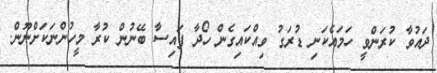
ދައުވާ ކުރަންވީ ހަމައެކަނި ޑުރަގު ވިއްކައިގެން ހޯދާ ފައިސާ ބޭނުން ކުރާ މީހުންނަކަށްނޫން.